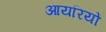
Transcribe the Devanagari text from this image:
आयरियों